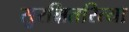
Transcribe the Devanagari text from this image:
सुरक्षितरित्या